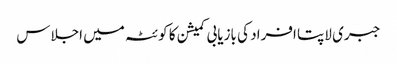
جبری لاپتا افراد کی بازیابی کمیشن کا کوئٹہ میں اجلاس